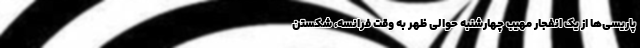
پاریسی‌ها از یک انفجار مهیب چهارشنبه حوالی ظهر به وقت فرانسه، شکستن